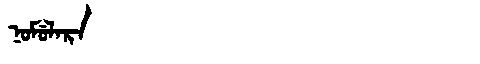
Manchu: ᠨᠣᠮᡠᠯᠠᡵᠠ
Romanization: NOMULARA